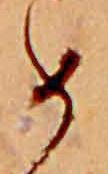
め